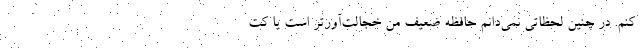
کنم. در چنین لحظاتی نمی‌دانم حافظهٔ ضعیف من خجالت‌آورتر است یا کت